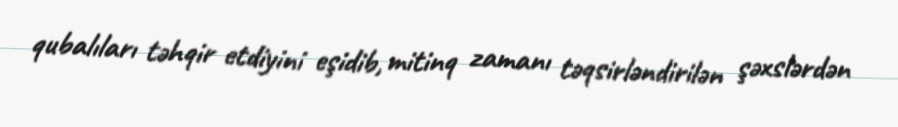
qubalıları təhqir etdiyini eşidib, mitinq zamanı təqsirləndirilən şəxslərdən